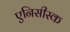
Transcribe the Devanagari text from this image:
एनिसीस्क